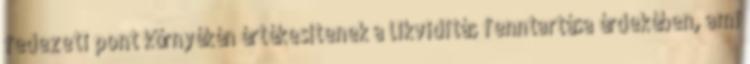
fedezeti pont környékén értékesítenek a likviditás fenntartása érdekében, ami